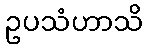
ဥပသံဟာသိ